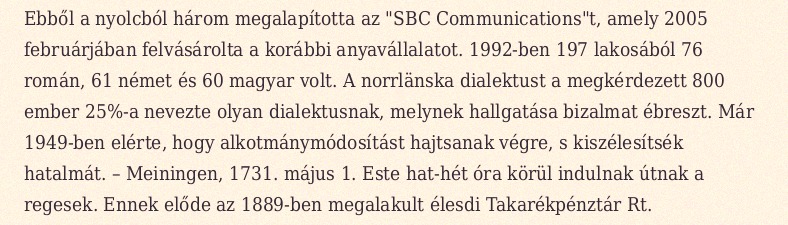
Ebből a nyolcból három megalapította az "SBC Communications"t, amely 2005 februárjában felvásárolta a korábbi anyavállalatot. 1992-ben 197 lakosából 76 román, 61 német és 60 magyar volt. A norrlänska dialektust a megkérdezett 800 ember 25%-a nevezte olyan dialektusnak, melynek hallgatása bizalmat ébreszt. Már 1949-ben elérte, hogy alkotmánymódosítást hajtsanak végre, s kiszélesítsék hatalmát. – Meiningen, 1731. május 1. Este hat-hét óra körül indulnak útnak a regesek. Ennek előde az 1889-ben megalakult élesdi Takarékpénztár Rt.